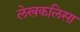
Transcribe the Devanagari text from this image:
लेखकलिसा